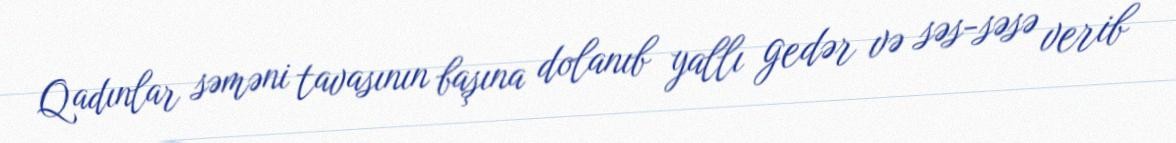
Qadınlar səməni tavasının başına dolanıb yallı gedər və səs-səsə verib